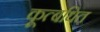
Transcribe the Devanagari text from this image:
कूत्बधित